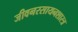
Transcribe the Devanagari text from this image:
जीवनरसायनशास्त्र